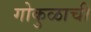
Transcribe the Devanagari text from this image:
गोकुळाची